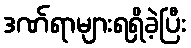
ဒဏ်ရာများရရှိခဲ့ပြီး